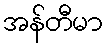
အန်တီမာ